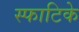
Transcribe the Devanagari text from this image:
स्फाटिके